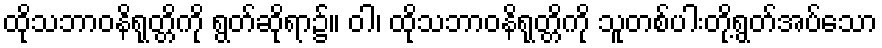
ထိုသဘာဝနိရုတ္တိကို ရွတ်ဆိုရာ၌။ ဝါ၊ ထိုသဘာဝနိရုတ္တိကို သူတစ်ပါးတို့ရွတ်အပ်သော